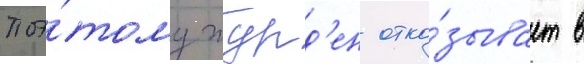
поэ́тому журд'ен отка́зывает в